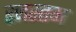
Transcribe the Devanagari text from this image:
रजस्तम